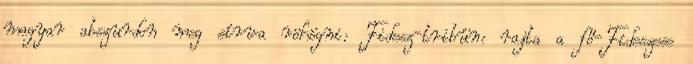
magyar abszurdon meg sírva röhögni: Fidesz-tribün: rajta a fő-Fideszese